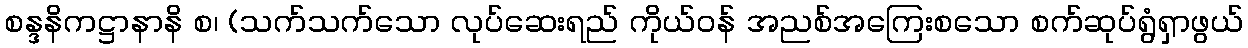
စန္ဒနိကဋ္ဌာနာနိ စ၊ (သက်သက်သော လုပ်ဆေးရည် ကိုယ်ဝန် အညစ်အကြေးစသော စက်ဆုပ်ရွံရှာဖွယ်